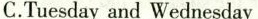
C.Tuesday and Wednesday